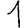
Digit: 1